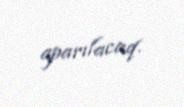
aparılacaq.